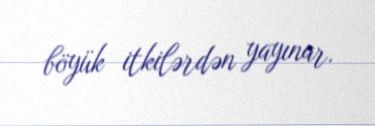
böyük itkilərdən yayınar.